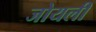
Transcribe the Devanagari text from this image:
जोयली